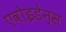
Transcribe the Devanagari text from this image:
एवोइडेन्स